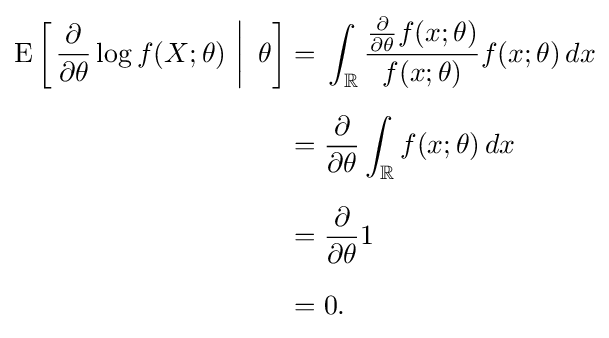
{\begin{aligned}\operatorname {E} \left[\left.{\frac {\partial }{\partial \theta }}\log f(X;\theta )\,\,\right|\,\,\theta \right]={}&\int _{\mathbb {R} }{\frac {{\frac {\partial }{\partial \theta }}f(x;\theta )}{f(x;\theta )}}f(x;\theta )\,dx\\[6pt]={}&{\frac {\partial }{\partial \theta }}\int _{\mathbb {R} }f(x;\theta )\,dx\\[6pt]={}&{\frac {\partial }{\partial \theta }}1\\[6pt]={}&0.\end{aligned}}